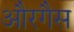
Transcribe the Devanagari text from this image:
औरगैस